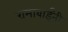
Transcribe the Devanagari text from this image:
रामाबाईंनी